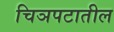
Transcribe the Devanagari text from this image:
चिञपटातील